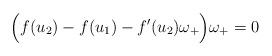
LaTeX: \begin{align*}\Big(f(u_2)-f(u_1)-f'(u_2)\omega_+\Big)\omega_+ = 0\end{align*}